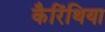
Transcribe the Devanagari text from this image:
कैरिंथिया